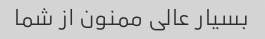
بسیار عالی ممنون از شما